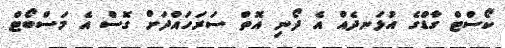
ކޯސްޓް ގާޑްގެ އުޅަނދެއް އެ ދޯނި އޮތް ސަރަހައްދަށް ގޮސް އެ މަސްބޯޓް